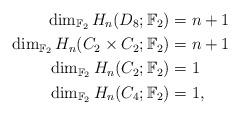
LaTeX: \begin{align*} \dim_{\mathbb{F}_2} H_n(D_8; \mathbb{F}_2) &= n+1 \\ \dim_{\mathbb{F}_2} H_n(C_2\times C_2; \mathbb{F}_2) &= n+1 \\ \dim_{\mathbb{F}_2} H_n(C_2; \mathbb{F}_2) &= 1 \\ \dim_{\mathbb{F}_2} H_n(C_4; \mathbb{F}_2) &= 1 ,\end{align*}